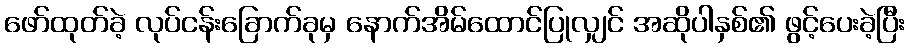
ဖော်ထုတ်ခဲ့ လုပ်ငန်းခြောက်ခုမှ နောက်အိမ်ထောင်ပြုလျှင် အဆိုပါနှစ်၏ ဖွင့်ပေးခဲ့ပြီး